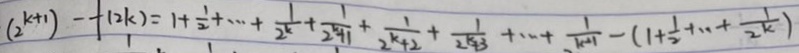
( 2 ^ { k + 1 } ) - f ( 2 k ) = 1 + \frac { 1 } { 2 } + \cdots + \frac { 1 } { 2 ^ { k } } + \frac { 1 } { 2 ^ { k } + 1 } + \frac { 1 } { 2 ^ { k } + 2 } + \frac { 1 } { 2 ^ { k } + 3 } + \cdots + \frac { 1 } { k ^ { 2 1 } } - ( 1 + \frac { 1 } { 2 } + \cdots + \frac { 1 } { 2 ^ { k } } )